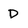
Character: D